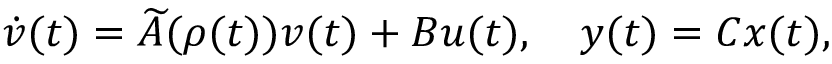
\dot { v } ( t ) = \ensuremath { \widetilde { A } } ( \rho ( t ) ) v ( t ) + B u ( t ) , \quad y ( t ) = C x ( t ) ,